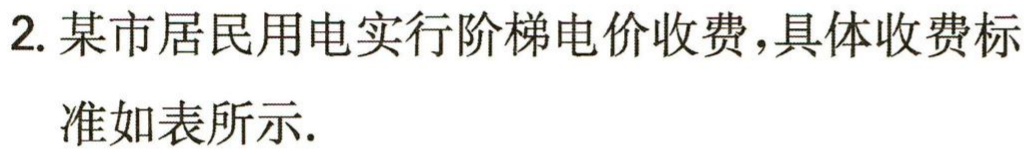
2. 某市居民用电实行阶梯电价收费，具体收费标

准如表所示.